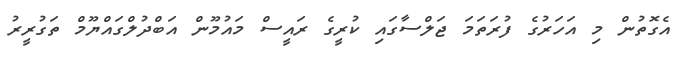
އެގޮތުން މި އަހަރުގެ ފުރަތަމަ ޖަލްސާގައި ކުރީގެ ރައީސް މައުމޫން އަބްދުލްގައްޔޫމް ތަގުރީރު